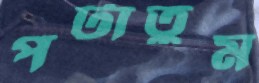
পটাতুম